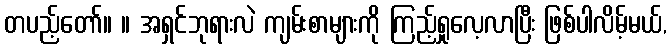
တပည့်တော်။ ။ အရှင်ဘုရားလဲ ကျမ်းစာများကို ကြည့်ရှုလေ့လာပြီး ဖြစ်ပါလိမ့်မယ်,